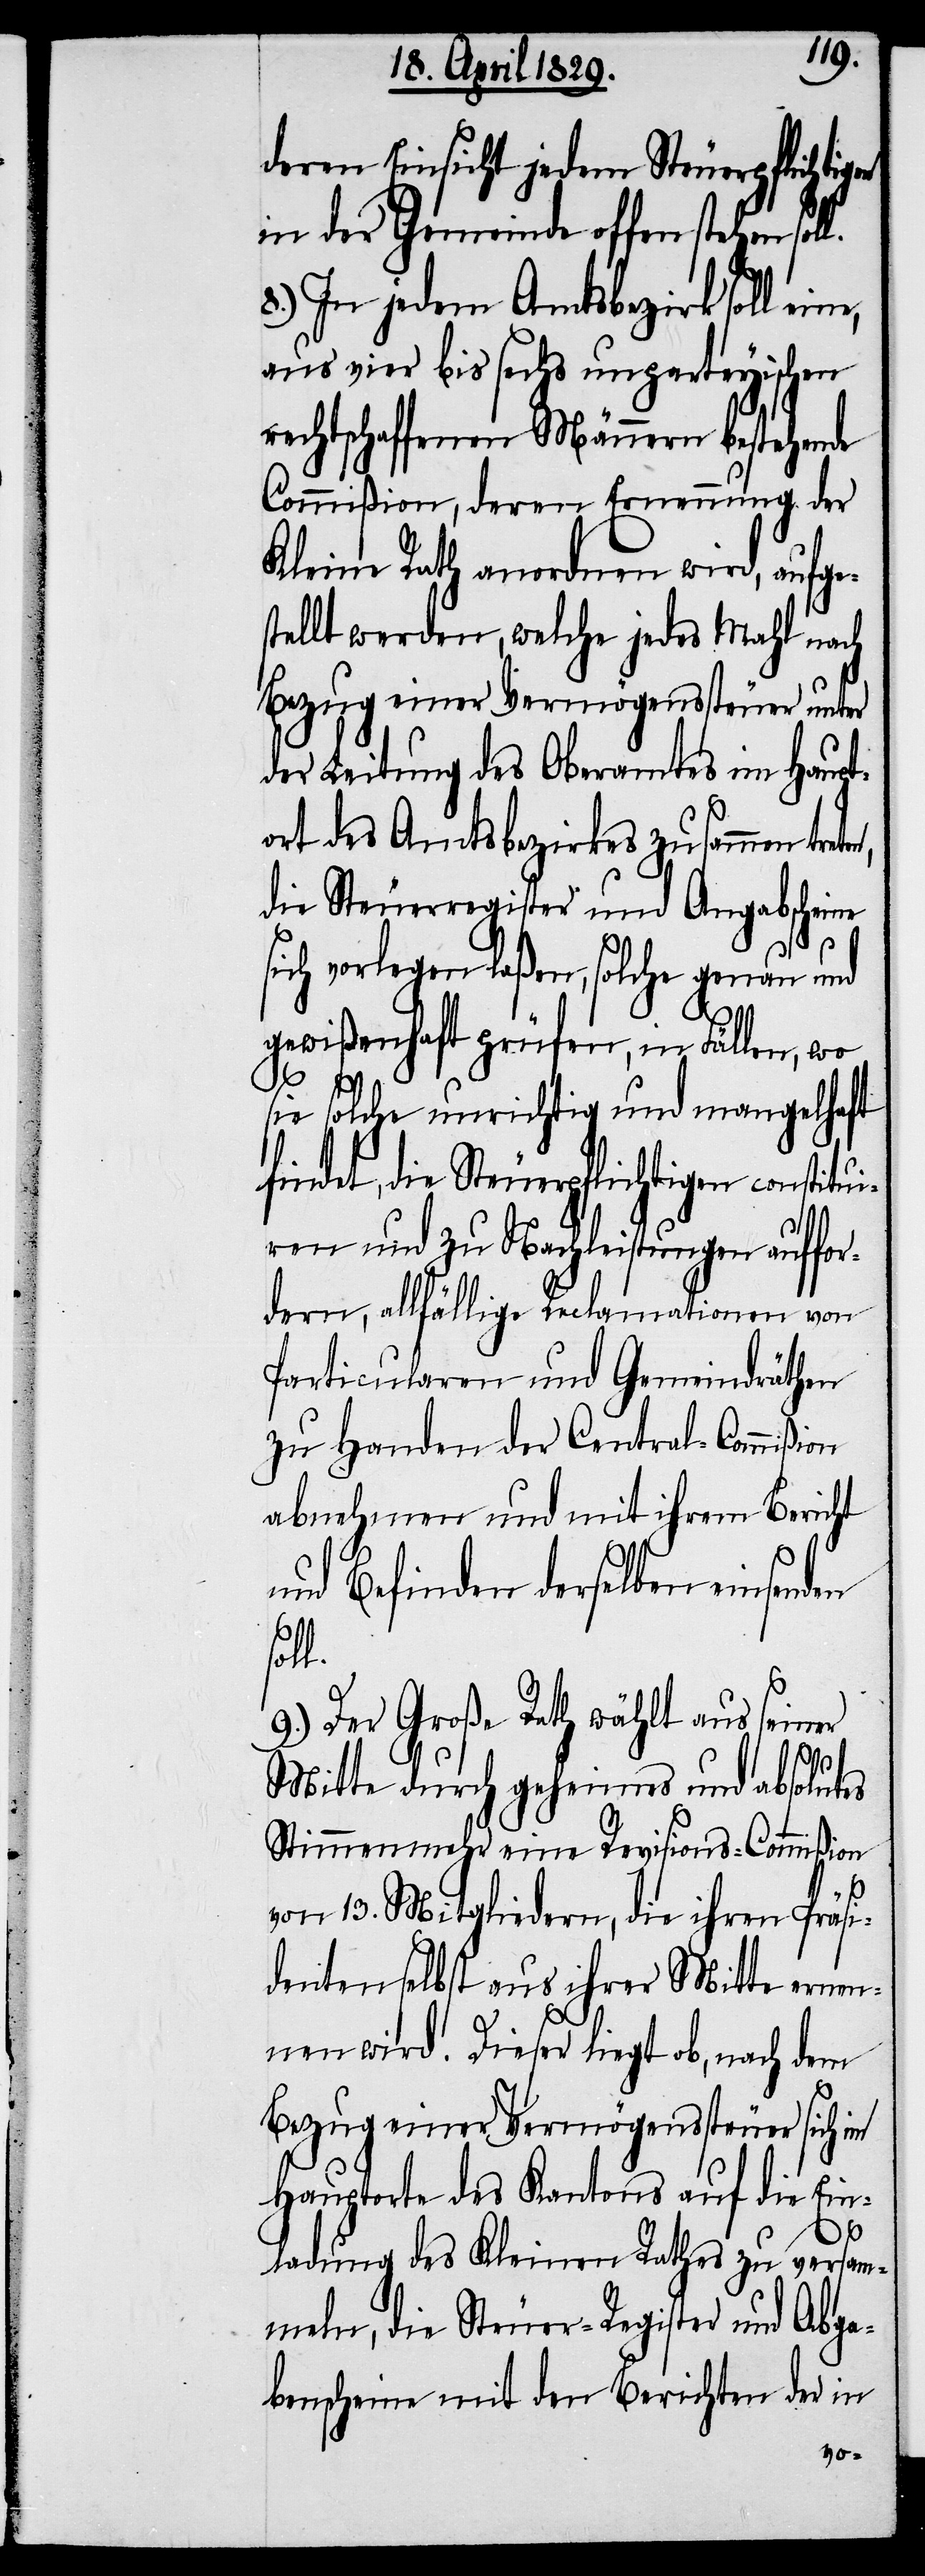
deren Einsicht jedem Steuerpflichtigen
in der Gemeinde offen stehen
8.) In jedem Amtsbezirk soll ei¬
aus vier bis sechs unparteyischen
rechtschaffenen Männern bestehende
Commißion, deren Ernennung der
Kleine Rath anordnen wird, aufge¬
stellt werden, welche jedes Mahl nach
Bezug einer Vermögenssteuer unter
der Leitung des Oberamtes in Haupt¬
ort des Amtsbezirkes zusammen treten,
die Steuerregister und Angabscheine
sich vorlegen laßen, solche genau und
l.
gewißenhaft prüfen, in Fällen, wo
sie solche unrichtig und mangelhaft
findet, die Steuerpflichtigen constitu¬
iren und zu Nachleistungen auffo¬
rdern, allfällige Reclamationen von
Particularen und Gemeindräthen
zu Handen der Central-Commißion
abnehmen und mit ihrem Bericht
und Befinden derselben einsenden
sol¬
9.) Der Große Rath wählt aus seiner
ne,
Mitte durch geheimes und absolutes
Stimmenmehr eine Revisions-Commißion
von 13. Mitgliedern, die ihren Präsi¬
denten selbst aus ihrer Mitte ernen¬
nen wird. Dieser liegt ob, nach dem
Bezug einer Vermögenssteuer sich im
Hauptorte des Kantons auf die Ein¬
ladung des Kleinen Rathes zu versam¬
meln, die Steuer-Register und Abga¬
benscheine mit den Berichten der in